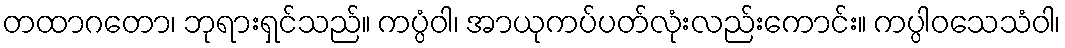
တထာဂတော၊ ဘုရားရှင်သည်။ ကပ္ပံဝါ၊ အာယုကပ်ပတ်လုံးလည်းကောင်း။ ကပ္ပါဝသေသံဝါ၊